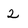
Character: 2